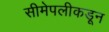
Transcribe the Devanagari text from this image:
सीमेपलीकडून